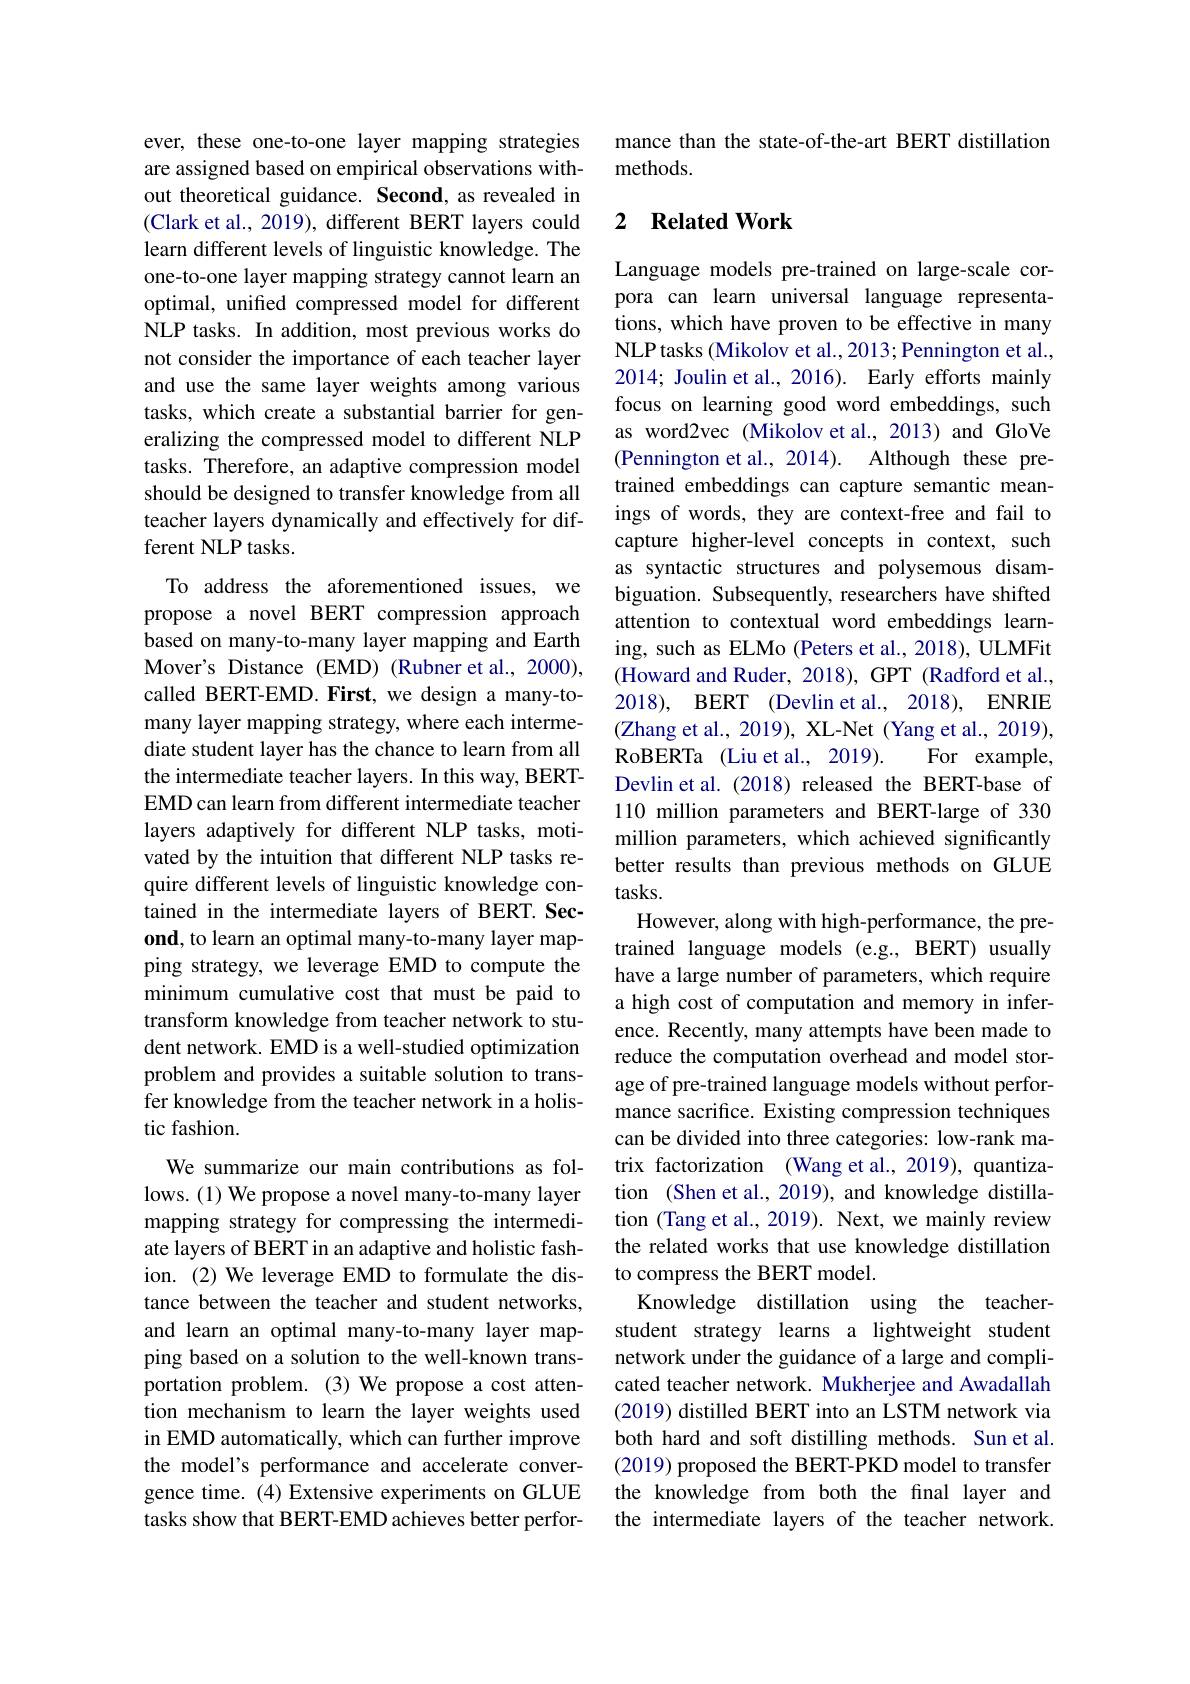
ever, these one-to-one layer mapping strategies are assigned based on empirical observations without theoretical guidance. Second, as revealed in (Clark et al., 2019), different BERT layers could learn different levels of linguistic knowledge. The one-to-one layer mapping strategy cannot learn an optimal, unified compressed model for different NLP tasks. In addition, most previous works do not consider the importance of each teacher layer and use the same layer weights among various tasks, which create a substantial barrier for generalizing the compressed model to different NLP tasks. Therefore, an adaptive compression model should be designed to transfer knowledge from all teacher layers dynamically and effectively for different NLP tasks.
To address the aforementioned issues, we propose a novel BERT compression approach based on many-to-many layer mapping and Earth Mover's Distance (EMD) (Rubner et al., 2000), called BERT-EMD.First, we design a many-tomany layer mapping strategy, where each intermediate student layer has the chance to learn from all the intermediate teacher layers. In this way, BERTEMD can learn from different intermediate teacher layers adaptively for different NLP tasks, motivated by the intuition that different NLP tasks require different levels of linguistic knowledge contained in the intermediate layers of BERT. Second, to learn an optimal many-to-many layer mapping strategy, we leverage EMD to compute the minimum cumulative cost that must be paid to transform knowledge from teacher network to student network. EMD is a well-studied optimization problem and provides a suitable solution to transfer knowledge from the teacher network in a holistic fashion.
We summarize our main contributions as follows. (1) We propose a novel many-to-many layer mapping strategy for compressing the intermediate layers of BERT in an adaptive and holistic fashion.(2) We leverage EMD to formulate the distance between the teacher and student networks, and learn an optimal many-to-many layer mapping based on a solution to the well-known transportation problem.(3)We propose a cost attention mechanism to learn the layer weights used in EMD automatically, which can further improve the model's performance and accelerate convergence time. (4) Extensive experiments on GLUE tasks show that BERT-EMD achieves better perfor-

mance than the state-of-the-art BERT distillation
methods.

## 2 $\textbf{Related Work}$

Language models pre-trained on large-scale corpora can learn universal language representations, which have proven to be effective in many NLPtasks (Mikolov et al., 2013; Pennington et al., 2014; Joulin et al., 2016). Early efforts mainly focus on learning good word embeddings, such as word2vec (Mikolov et al., 2013) and GloVe (Pennington et al., 2014). Although these pretrained embeddings can capture semantic meanings of words, they are context-free and fail to capture higher-level concepts in context, such as syntactic structures and polysemous disambiguation. Subsequently, researchers have shifted attention to contextual word embeddings learning, such as ELMo (Peters et al., 2018), ULMFit (Howard and Ruder, 2018), GPT (Radford et al., 2018), BERT (Devlin et al., 2018), ENRIE (Zhang et al., 2019), XL-Net (Yang et al., 2019), RoBERTa (Liu et al., 2019).
For example,
Devlin et al. (2018) released the BERT-base of 110 million parameters and BERT-large of 330 million parameters, which achieved significantly better results than previous methods on GLUE tasks.
However, along with high-performance, the pretrained language models (e.g., BERT) usually have a large number of parameters, which require a high cost of computation and memory in inference. Recently, many attempts have been made to reduce the computation overhead and model storage of pre-trained language models without performance sacrifice. Existing compression techniques can be divided into three categories: low-rank matrix factorization (Wang et al., 2019), quantization (Shen et al., 2019), and knowledge distillation (Tang et al., 2019). Next, we mainly review the related works that use knowledge distillation to compress the BERT model.
Knowledge distillation using the teacherstudent strategy learns a lightweight student network under the guidance of a large and complicated teacher network. Mukherjee and Awadallah (2019) distilled BERT into an LSTM network via both hard and soft distilling methods. Sun et al. (2019) proposed the BERT-PKD model to transfer the knowledge from both the final layer and the intermediate layers of the teacher network.